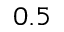
0 . 5